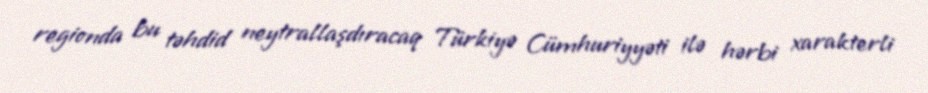
regionda bu təhdid neytrallaşdıracaq Türkiyə Cümhuriyyəti ilə hərbi xarakterli